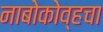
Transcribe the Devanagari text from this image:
नाबोकोव्हचा